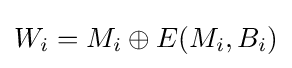
W_{i}=M_{i}\oplus E(M_{i},B_{i})